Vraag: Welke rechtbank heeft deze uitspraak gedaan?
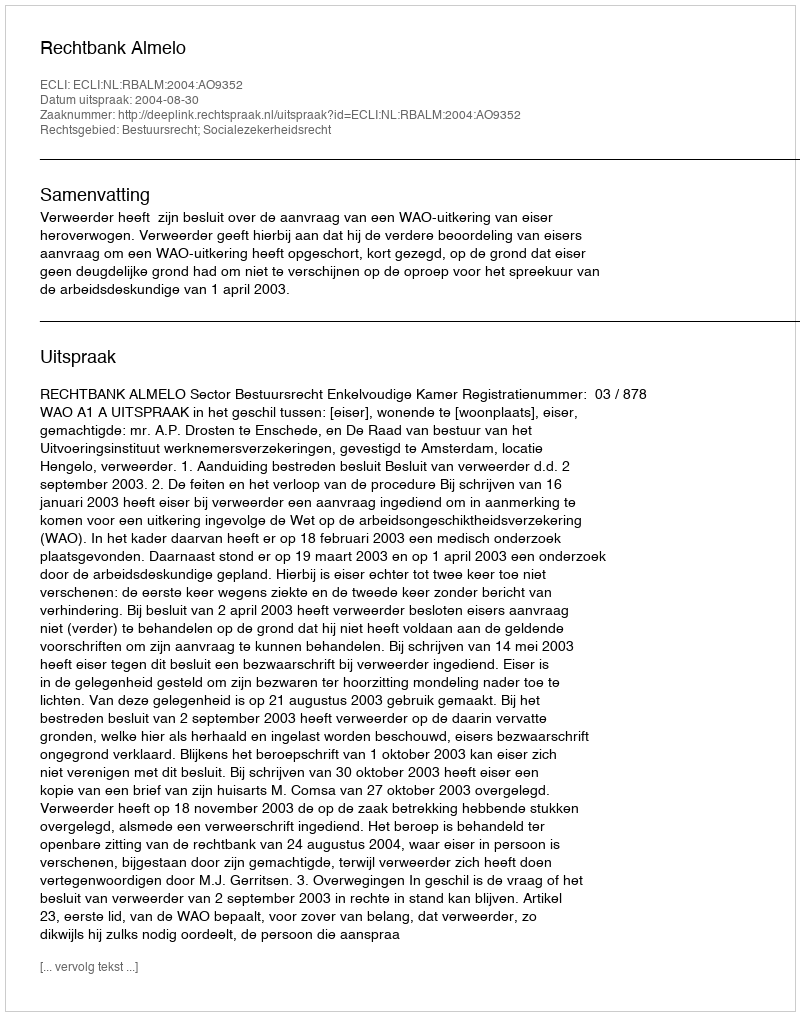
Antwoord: Rechtbank Almelo